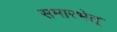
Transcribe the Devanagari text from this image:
समारभेत्